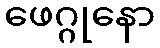
ဖေဂ္ဂုနော